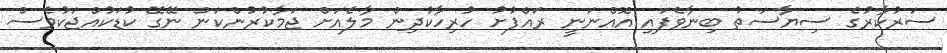
ސަރުކާރުގެ ސިޔާސަތު ބިނާވެފައި އޮއްނަނީ ރައްފުށު ހުރިހާކުދިން މާލެއަށް ޖަމާކުރުންކަން ނޭގޭ ކުޑަކުއްޖަކުވެސް